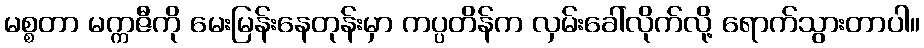
မစ္စတာ မက္ကဇီကို မေးမြန်းနေတုန်းမှာ ကပ္ပတိန်က လှမ်းခေါ်လိုက်လို့ ရောက်သွားတာပါ။